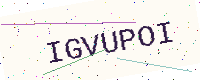
Text: IGVUPOI